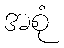
အစုံ